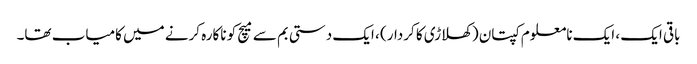
باقی ایک ، ایک نامعلوم کپتان (کھلاڑی کا کردار) ، ایک دستی بم سے میچ کو ناکارہ کرنے میں کامیاب تھا۔